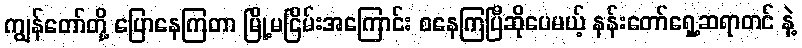
ကျွန်တော်တို့ ပြောနေကြတာ မြို့မငြိမ်းအကြောင်း စနေကြပြီဆိုပေမယ့် နန်းတော်ရှေ့ဆရာတင် နဲ့